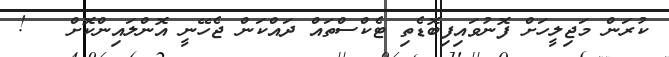
ކުރަން މަޖިލީހަށް ފޮނުވައިފިބޮޑެތި ޓެކްސްތައް ދައްކަން ޖެހޭނީ އޮންލައިންކޮށް   !